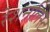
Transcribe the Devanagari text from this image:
रेशनलिस्ट